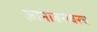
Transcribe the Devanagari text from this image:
ज्ञानाबरोबरच